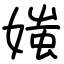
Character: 媸